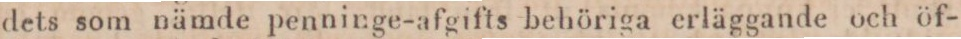
dets som nämde penninge-afgifts behöriga erläggande och öf-